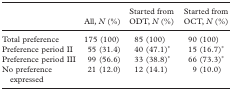
<table><thead><tr><td></td><td></td><td><b>Started from</b></td><td><b>Started from</b></td></tr><tr><td></td><td><b>All, N (%)</b></td><td><b>ODT, N (%)</b></td><td><b>OCT, N (%)</b></td></tr></thead><tbody><tr><td>Total preference</td><td>175 (100)</td><td>85 (100)</td><td>90 (100)</td></tr><tr><td>Preference period II</td><td>55 (31.4)</td><td>40 (47.1)*</td><td>15 (16.7)*</td></tr><tr><td>Preference period III</td><td>99 (56.6)</td><td>33 (38.8)*</td><td>66 (73.3)*</td></tr><tr><td>No preference expressed</td><td>21 (12.0)</td><td>12 (14.1)</td><td>9 (10.0)</td></tr></tbody></table>